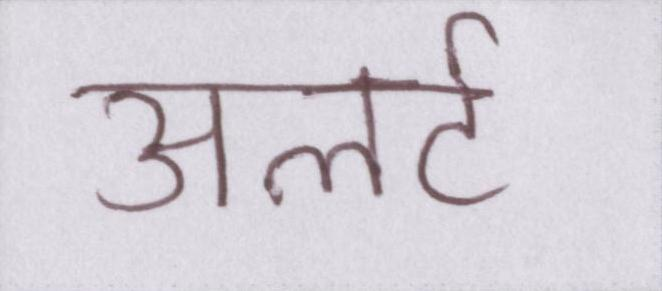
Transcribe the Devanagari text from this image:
अलर्ट